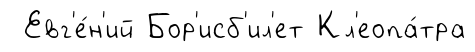
Евг'е́н'ий Бор'исб'ил'ет Кл'еопа́тра